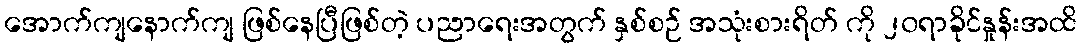
အောက်ကျနောက်ကျ ဖြစ်နေပြီဖြစ်တဲ့ ပညာရေးအတွက် နှစ်စဉ် အသုံးစားရိတ် ကို ၂၀ရာခိုင်နှုန်းအထိ